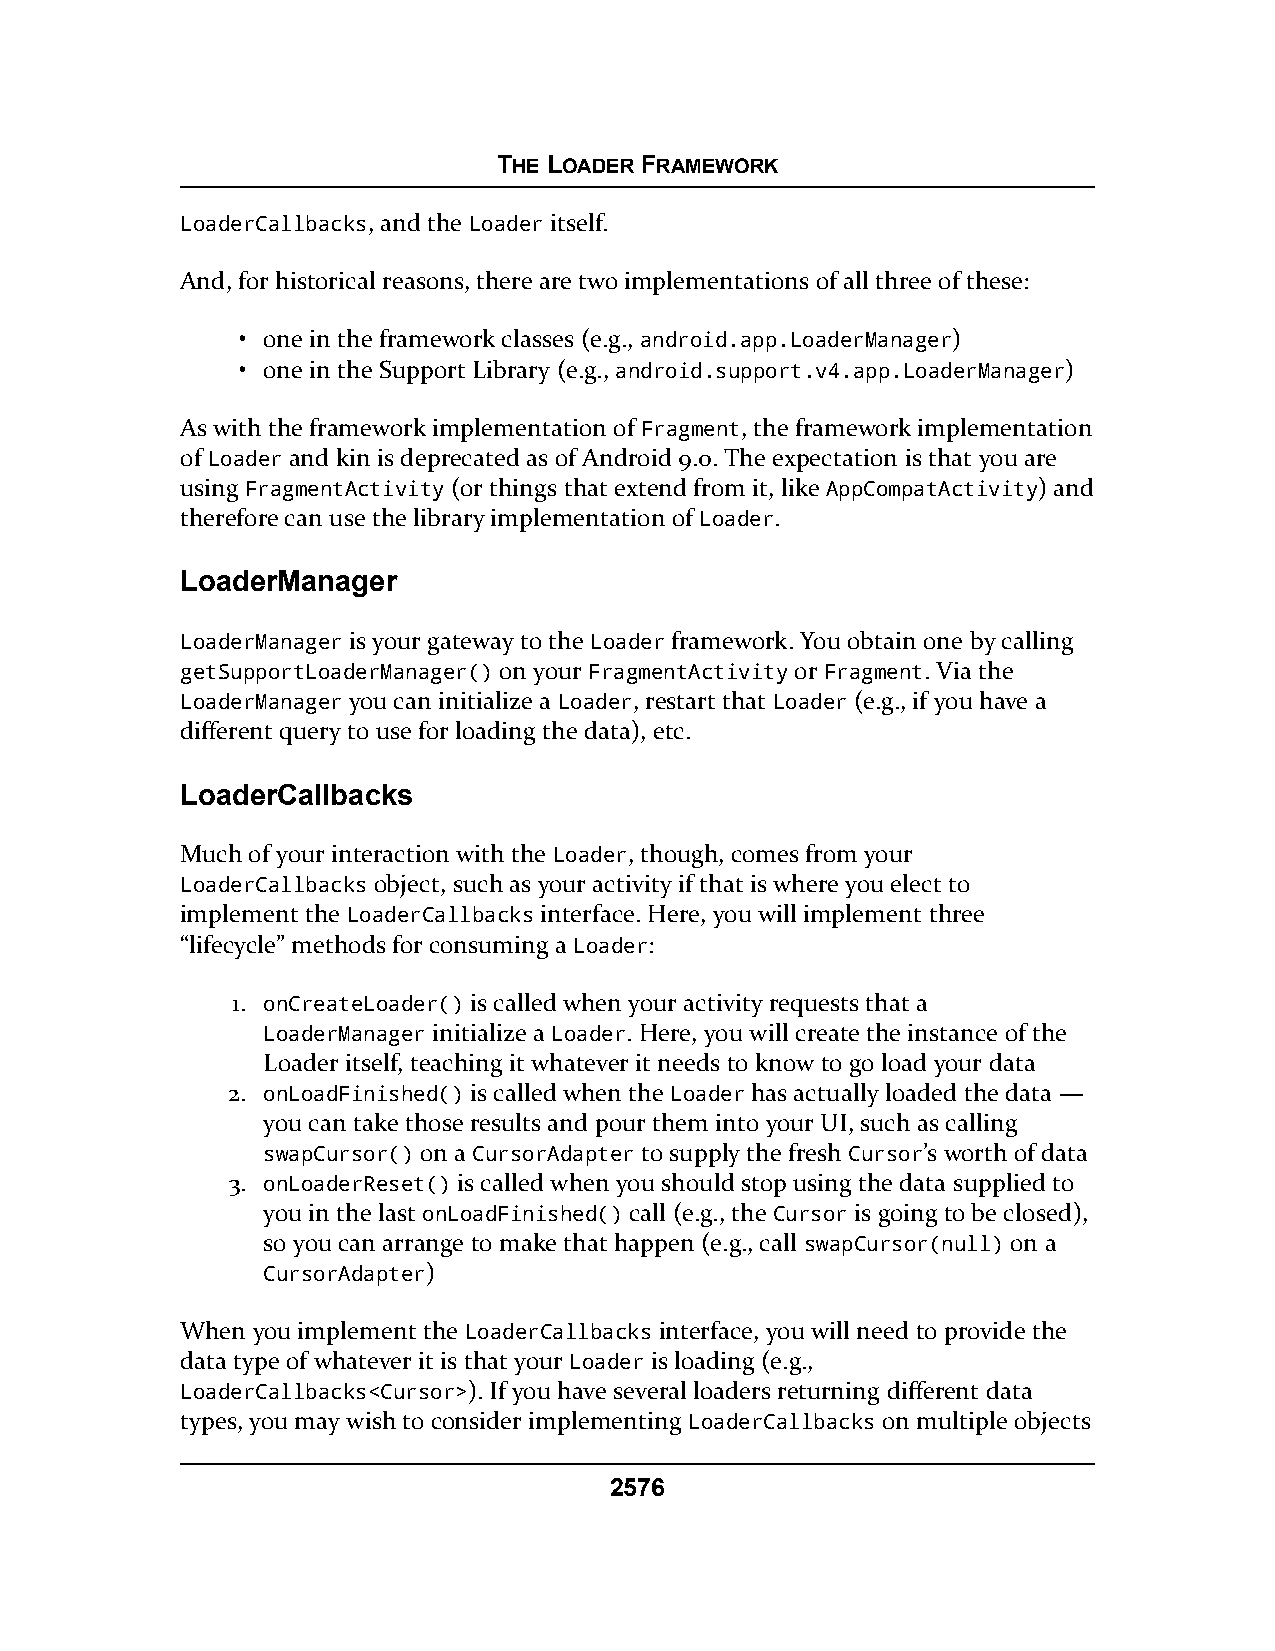
THE LOADER FRAMEWORK
 LoaderCallbacks, and the Loader itself.
 And, for historical reasons, there are two implementations of all three of these:
 • one in the framework classes (e.g., android.app.LoaderManager)
 • one in the Support Library (e.g., android.support.v4.app.LoaderManager)
 As with the framework implementation of Fragment, the framework implementation
 of Loader and kin is deprecated as of Android 9.0. The expectation is that you are
 using FragmentActivity (or things that extend from it, like AppCompatActivity) and
 therefore can use the library implementation of Loader.
 LoaderManager
 LoaderManager is your gateway to the Loader framework. You obtain one by calling
 getSupportLoaderManager() on your FragmentActivity or Fragment. Via the
 LoaderManager you can initialize a Loader, restart that Loader (e.g., if you have a
 different query to use for loading the data), etc.
 LoaderCallbacks
 Much of your interaction with the Loader, though, comes from your
 LoaderCallbacks object, such as your activity if that is where you elect to
 implement the LoaderCallbacks interface. Here, you will implement three
 “lifecycle” methods for consuming a Loader:
 1. onCreateLoader() is called when your activity requests that a
 LoaderManager initialize a Loader. Here, you will create the instance of the
 Loader itself, teaching it whatever it needs to know to go load your data
 2. onLoadFinished() is called when the Loader has actually loaded the data —
 you can take those results and pour them into your UI, such as calling
 swapCursor() on a CursorAdapter to supply the fresh Cursor’s worth of data
 3. onLoaderReset() is called when you should stop using the data supplied to
 you in the last onLoadFinished() call (e.g., the Cursor is going to be closed),
 so you can arrange to make that happen (e.g., call swapCursor(null) on a
 CursorAdapter)
 When you implement the LoaderCallbacks interface, you will need to provide the
 data type of whatever it is that your Loader is loading (e.g.,
 LoaderCallbacks<Cursor>). If you have several loaders returning different data
 types, you may wish to consider implementing LoaderCallbacks on multiple objects
 2576